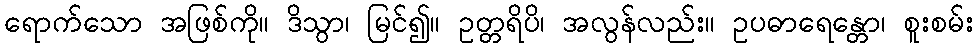
ရောက်သော အဖြစ်ကို။ ဒိသွာ၊ မြင်၍။ ဥတ္တရိပိ၊ အလွန်လည်း။ ဥပဓာရေန္တော၊ စူးစမ်း